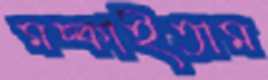
মচ্‌কাইতাম